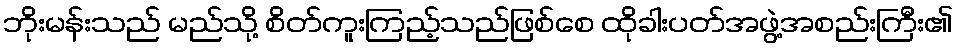
ဘိုးမန်းသည် မည်သို့ စိတ်ကူးကြည့်သည်ဖြစ်စေ ထိုခါးပတ်အဖွဲ့အစည်းကြီး၏